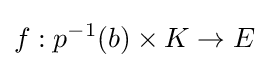
f:p^{-1}(b)\times K\to E